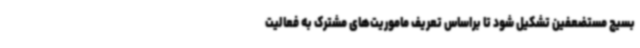
بسیج مستضعفین تشکیل شود تا براساس تعریف ماموریت‌های مشترک به فعالیت